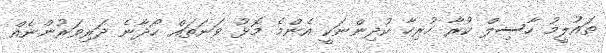
ތައުލީމު ހާސިލް ކުރާ ހުރިހާ ކުދިންނަކީ އެންމެ މޮޅު ވަނަތައް ހޯދާނެ ދަރިވަރުންނެއް